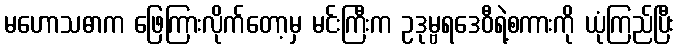
မဟောသဓာက ဖြေကြားလိုက်တော့မှ မင်းကြီးက ဥဒုမ္ဗရဒေဝီရဲ့စကားကို ယုံကြည်ပြီး